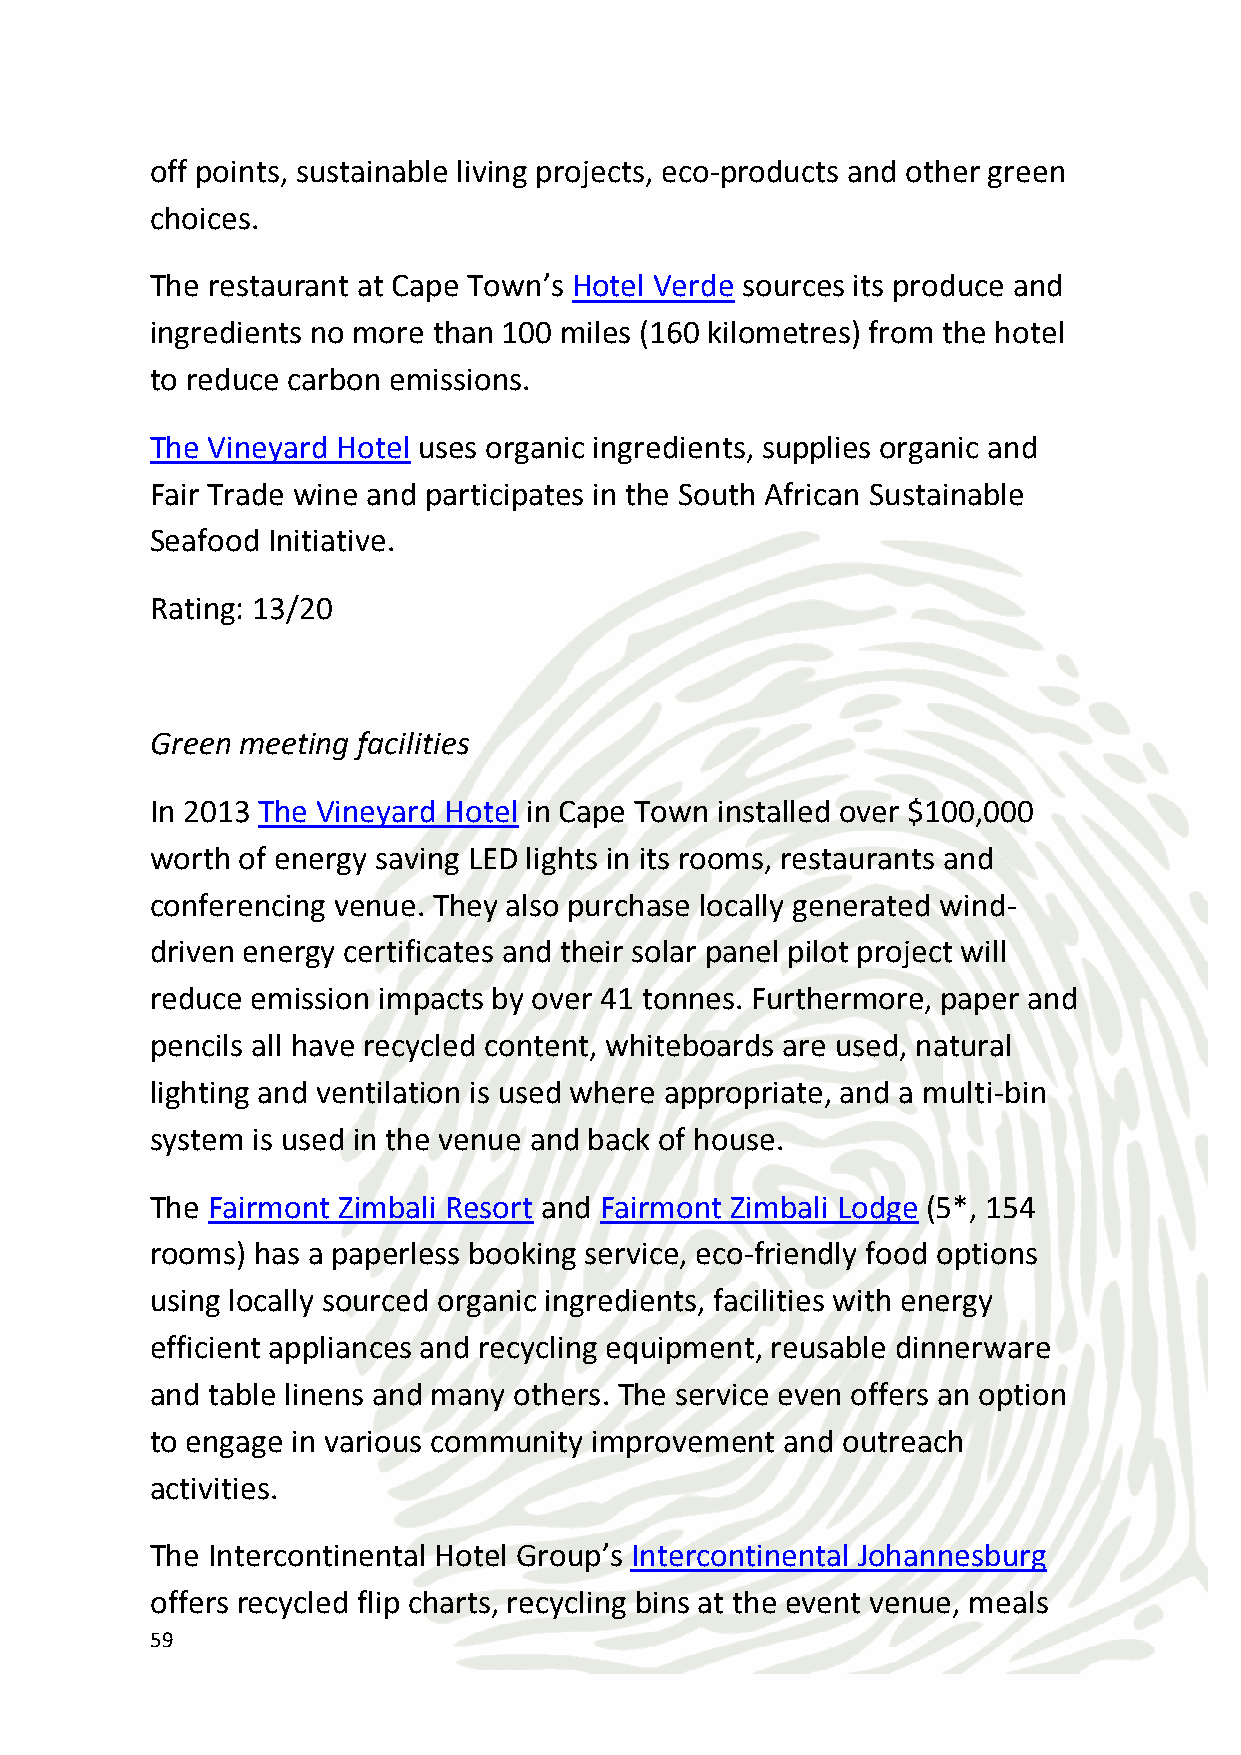
made from locally grown organic produce, fair trade beverages like
 coffee and tea and washable flatware and utensils.
 Hotels in the Starwood group like the Sheraton Pretoria Hotel and
 the Westin Cape Town also have sustainable meeting services.
 Starwood’s sustainable meetings include paperless meeting options,
 recycled paper for meeting documents, green travel alternatives,
 organic food and décor choices and many more customizable options
 to choose from.
 Rating: 10.5/15
 Green Transport
 South Africa is home to one of the world’s best eco-friendly airlines.
 South African Airways is one of only six airlines which passed the
 International Air Transport Associations Environmental Assessment
 because of the airline’s effort to reduce its carbon footprint,
 minimize pollution, reduce waste through recycling on-board and in
 facilities on the ground, operate using the best water and energy
 saving practices, encourage suppliers to be more environmentally
 friendly through strict procurement guidelines, and increase
 environmental consciousness among employees and clients.
 The country also has green transportation options on the ground.
 One example is Green Cab – South Africa’s first eco-friendly transport
 company. Opened  in 2011, the company’s whole fleet runs on a
 combination of liquefied petroleum gas (LPG), biodiesel, and used
 cooking oil.
 Johannesburg offers buses that run on low-sulphur diesel and bio
 fuels.
 Rating: 11.25/15
 60